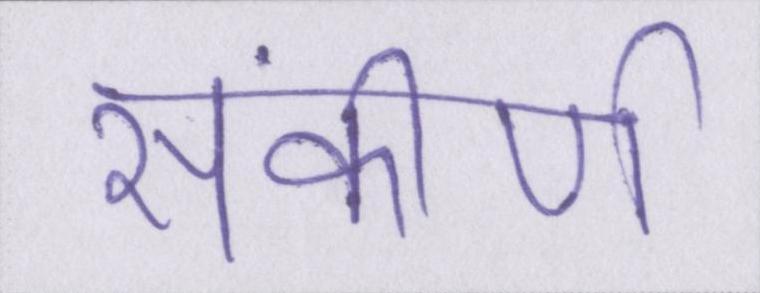
संकीर्ण